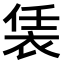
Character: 𧙨